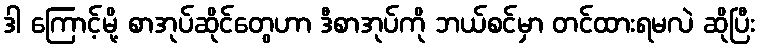
ဒါ ကြောင့်မို့ စာအုပ်ဆိုင်တွေဟာ ဒီစာအုပ်ကို ဘယ်စင်မှာ တင်ထားရမလဲ ဆိုပြီး